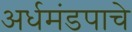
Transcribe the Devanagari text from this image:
अर्धमंडपाचे